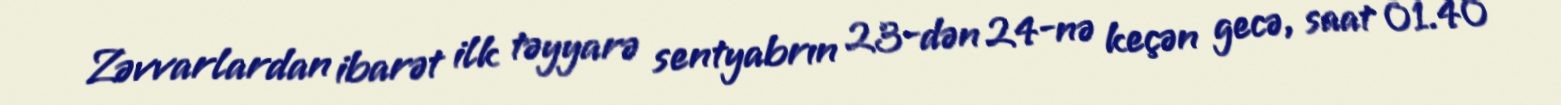
Zəvvarlardan ibarət ilk təyyarə sentyabrın 23-dən 24-nə keçən gecə, saat 01.40